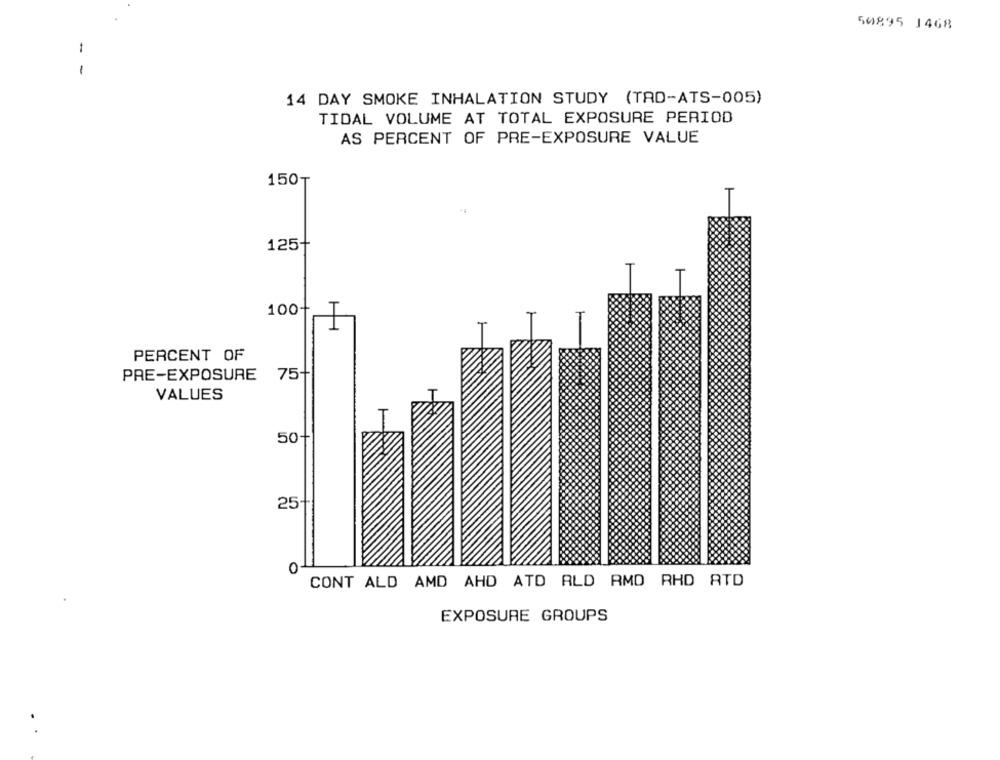
50895 1468
-
-
14 DAY SMOKE INHALATION STUDY (TAD-ATS-005)
TIDAL VOLUME AT TOTAL EXPOSURE PERIOD
AS PERCENT OF PRE-EXPOSURE VALUE
150₸
125+
100
I
PERCENT OF
PRE-EXPOSURE 75-
VALUES
50-
25-
0
CONT ALD AMD AHD ATD ALD RMD RHD ATD
EXPOSURE GROUPS